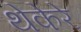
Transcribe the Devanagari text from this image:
थेकेरे